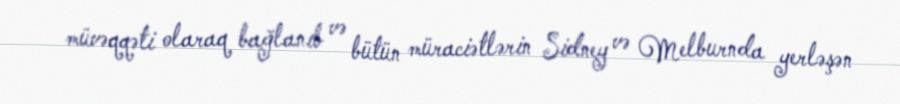
müvəqqəti olaraq bağlanıb və bütün müraciətlərin Sidney və Melburnda yerləşən